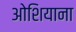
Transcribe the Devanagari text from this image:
ओशियाना